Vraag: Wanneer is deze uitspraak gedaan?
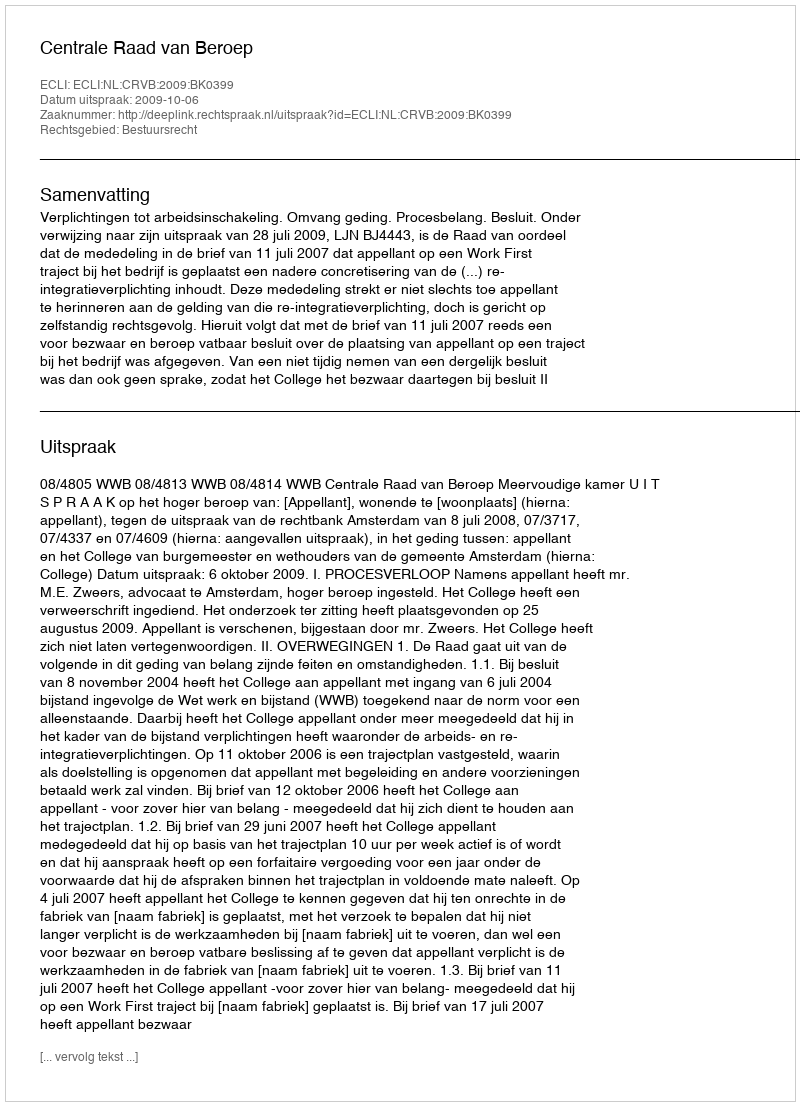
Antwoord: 2009-10-06